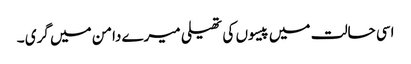
اسی حالت میں پیسوں کی تھیلی میرے دامن میں گری ۔